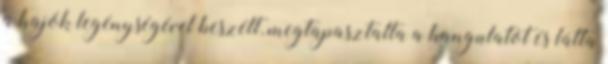
a hajók legénységével beszélt, megtapasztalta a hangulatot és látta